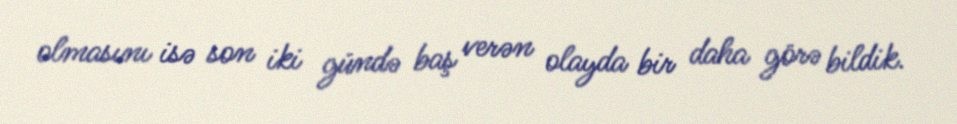
olmasını isə son iki gündə baş verən olayda bir daha görə bildik.